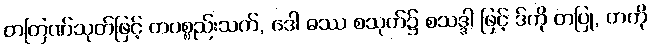
တတြဏ်သုတ်ဖြင့် တပစ္စည်းသက်, ဒေါ ဓဿ စသုတ်၌ စသဒ္ဒါ ဖြင့် ဒ်ကို တပြု, တကို